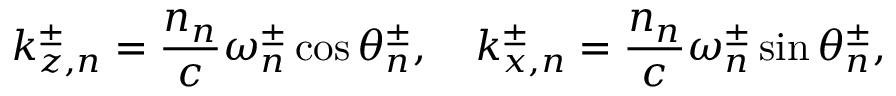
k _ { z , n } ^ { \pm } = \frac { n _ { n } } { c } \omega _ { n } ^ { \pm } \cos \theta _ { n } ^ { \pm } , \quad k _ { x , n } ^ { \pm } = \frac { n _ { n } } { c } \omega _ { n } ^ { \pm } \sin \theta _ { n } ^ { \pm } ,